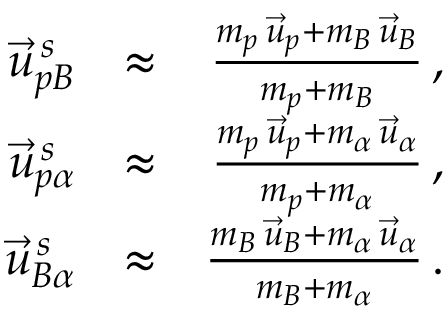
\begin{array} { r l r } { \vec { u } _ { p B } ^ { \, s } } & { \approx } & { \frac { m _ { p } \, \vec { u } _ { p } + m _ { B } \, \vec { u } _ { B } } { m _ { p } + m _ { B } } \, , } \\ { \vec { u } _ { p \alpha } ^ { \, s } } & { \approx } & { \frac { m _ { p } \, \vec { u } _ { p } + m _ { \alpha } \, \vec { u } _ { \alpha } } { m _ { p } + m _ { \alpha } } \, , } \\ { \vec { u } _ { B \alpha } ^ { \, s } } & { \approx } & { \frac { m _ { B } \, \vec { u } _ { B } + m _ { \alpha } \, \vec { u } _ { \alpha } } { m _ { B } + m _ { \alpha } } \, . } \end{array}